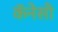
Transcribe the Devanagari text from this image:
कॅनेसी